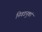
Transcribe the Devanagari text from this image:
निवडनुकां